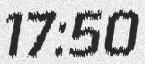
17:50